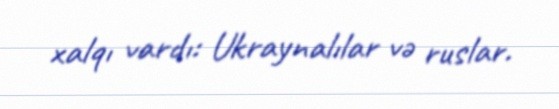
xalqı vardı: Ukraynalılar və ruslar.